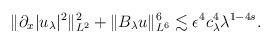
LaTeX: \begin{align*}\| \partial_x |u_\lambda|^2\|_{L^2}^2+ \| B_\lambda u\|_{L^6}^6\lesssim \epsilon^4 c_\lambda^4 \lambda^{1-4s}.\end{align*}